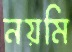
নয়মি